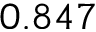
0 . 8 4 7